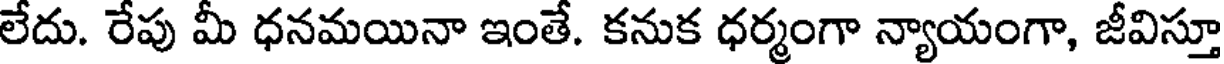
లేదు. రేపు మీ ధనమయినా ఇంతే. కనుక ధర్మంగా న్యాయంగా, జీవిస్తూ